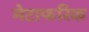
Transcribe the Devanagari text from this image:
मेटाफरिक